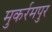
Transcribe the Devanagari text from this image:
मुकर्रमपुर